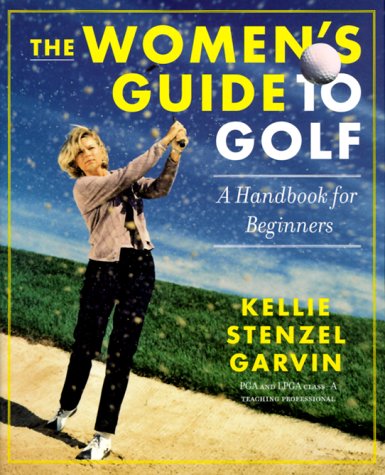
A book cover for The Women's Guide to Golf: A Handbook for Beginners; Kellie Stenzel; Sports & Outdoors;